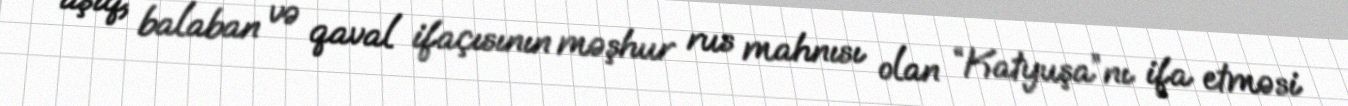
aşıq, balaban və qaval ifaçısının məşhur rus mahnısı olan “Katyuşa”nı ifa etməsi